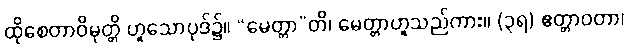
ထိုစေတာဝိမုတ္တိ ဟူသောပုဒ်၌။ “မေတ္တာ”တိ၊ မေတ္တာဟူသည်ကား။ (၃ရ) ဧတ္တာဝတာ၊